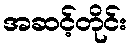
အဆင့်တိုင်း